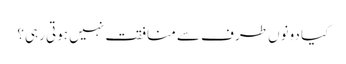
کیا دونوں طرف سے منافقت نہیں ہوتی رہی؟